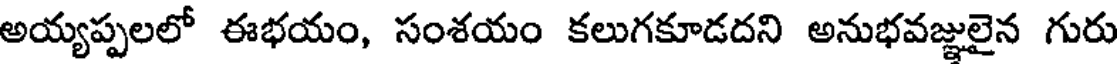
అయ్యప్పలలో ఈభయం, సంశయం కలుగకూడదని అనుభవజ్ఞులైన గురు